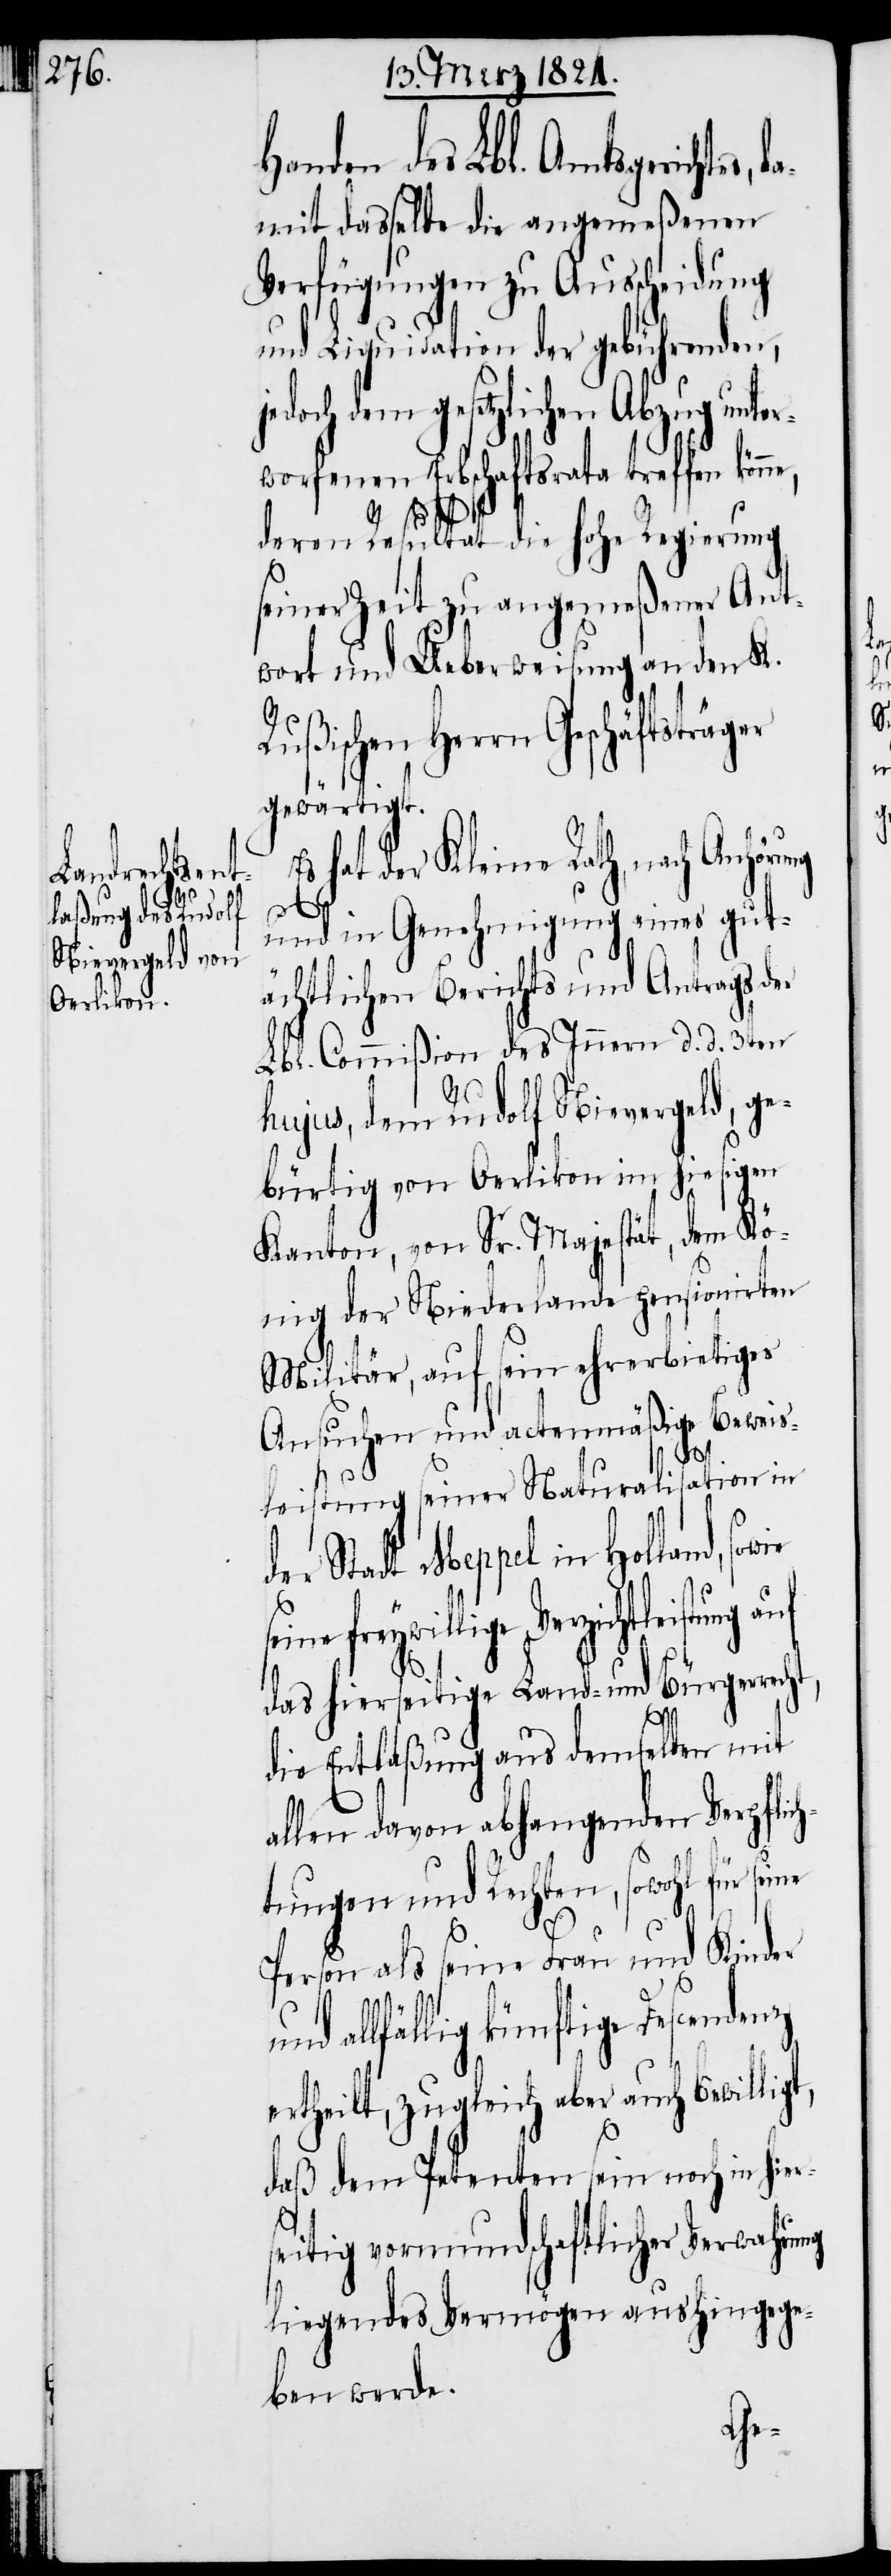
Handen des Lbl. Amtsgerichtes,
damit dasselbe die angemeßenen
Verfügungen zu Ausscheidung
und Liquidation der gebührenden,
wie seine freywill¬
worfenen Erbschaftsrata treffen könne,
denz
deren Resultat die hohe Regierung
seiner Zeit zu angemeßener Ant¬
wort und Ueberweisung an den K.
Rußischen Herrn Geschäftsträger
gewärtigt.
hat der Kleine Rath, nach Anhöru¬
ng
und in Genehmigung eines gut¬
ächtlichen Berichts und Antrags der
Lbl. Commißion des Innern d. d. 3ten
hujus, dem Rudolf Nievergeld, ge¬
bürtig von Oerlikon im hiesigen
Kanton, von Sr. Majestät, dem Kö¬
nig der Niederlande pensionirten
Militär, auf sein ehrerbietiges
Ansuchen und actenmäßige Beweis¬
leistung seiner Naturalisation in
der Stadt Meppel in Holland, so¬
ige Verzichtleistung auf
das hierseitige Land- und Bürgerrecht,
die Entlaßung aus demselben mit
allen davon abhangenden Verpflich¬
tungen und Rechten, sowohl für sei¬
ne
Person als seine Frau und Kinder
allfällig künftige Descen¬
ertheilt, zugleich aber auch bewilligt,
daß dem Petenten sein noch in hier¬
seitig vormundschaftlicher Verwahru¬
liegendes Vermögen aushingege¬
ben werde.
ter¬